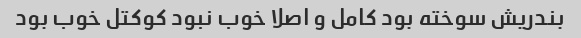
بندریش سوخته بود کامل و اصلا خوب نبود کوکتل خوب بود